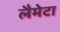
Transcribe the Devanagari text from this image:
लैमेटा